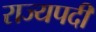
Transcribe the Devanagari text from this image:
राज्यपदी